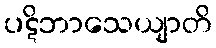
ပဋိဘာသေယျာတိ